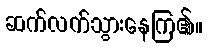
ဆက်လက်သွားနေကြ၏။